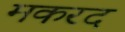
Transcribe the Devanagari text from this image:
मकरद